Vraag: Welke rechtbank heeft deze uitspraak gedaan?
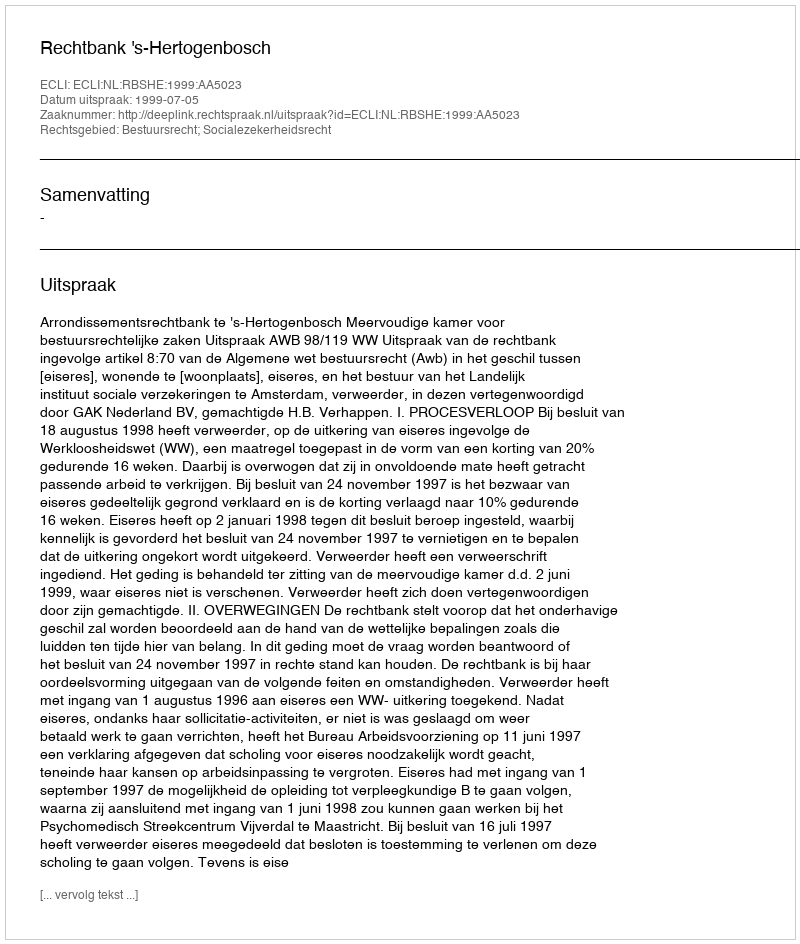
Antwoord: Rechtbank 's-Hertogenbosch